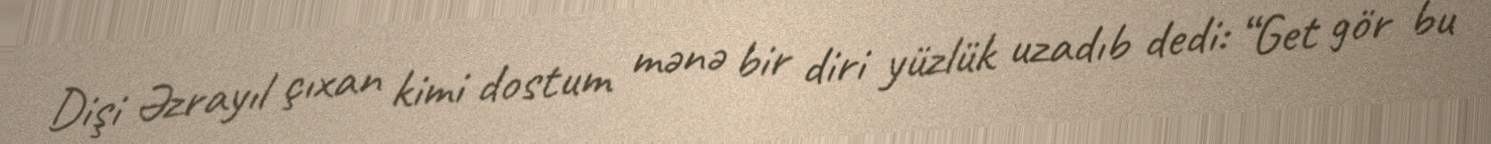
Dişi Əzrayıl çıxan kimi dostum mənə bir diri yüzlük uzadıb dedi: “Get gör bu